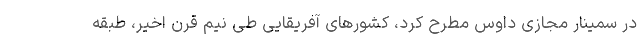
در سمینار مجازی داوس مطرح کرد، کشورهای آفریقایی طی نیم قرن اخیر، طبقه